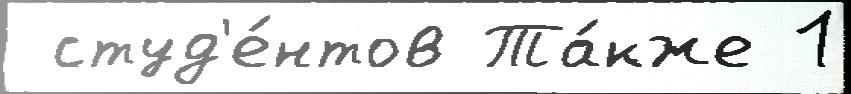
 студ'е́нтов Та́кже 1